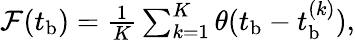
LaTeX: \begin{array}{r}{\mathcal{F}(t_{\mathrm{b}})=\frac{1}{K}\sum_{k=1}^{K}\theta(t_{\mathrm{b}}-t_{\mathrm{b}}^{(k)}),}\end{array}